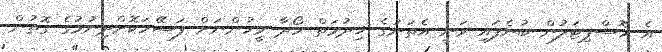
އެ ހޮސްޕިޓަލުން ބުނެފައި ވަނީ އެތަނުގެ ޚިދުމަތް ހޯދާ މީހުންނަށް ފަސޭހަކޮށްދިނުމުގެ ގޮތުން